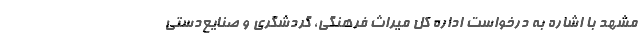
مشهد با اشاره به درخواست اداره کل میراث فرهنگی، گردشگری و صنایع‌دستی